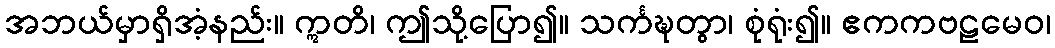
အဘယ်မှာရှိအံ့နည်း။ ဣတိ၊ ဤသို့ပြော၍။ သင်္ကဍ္ဎတွာ၊ စုံရုံး၍။ ဧကကဗဠမေဝ၊